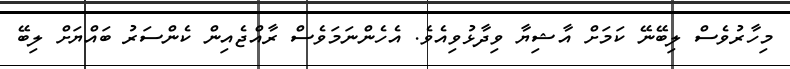
މިހާރުވެސް ލިބޭނޭ ކަމަށް އާޝިޔާ ވިދާޅުވިއެވެ. އެހެންނަމަވެސް ރާއްޖެއިން ކެންސަރު ބައްޔަށް ލިބޭ